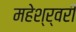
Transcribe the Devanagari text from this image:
महेश्र्वरी